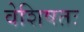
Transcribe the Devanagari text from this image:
वेशिषतः